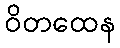
ဝိတထေန